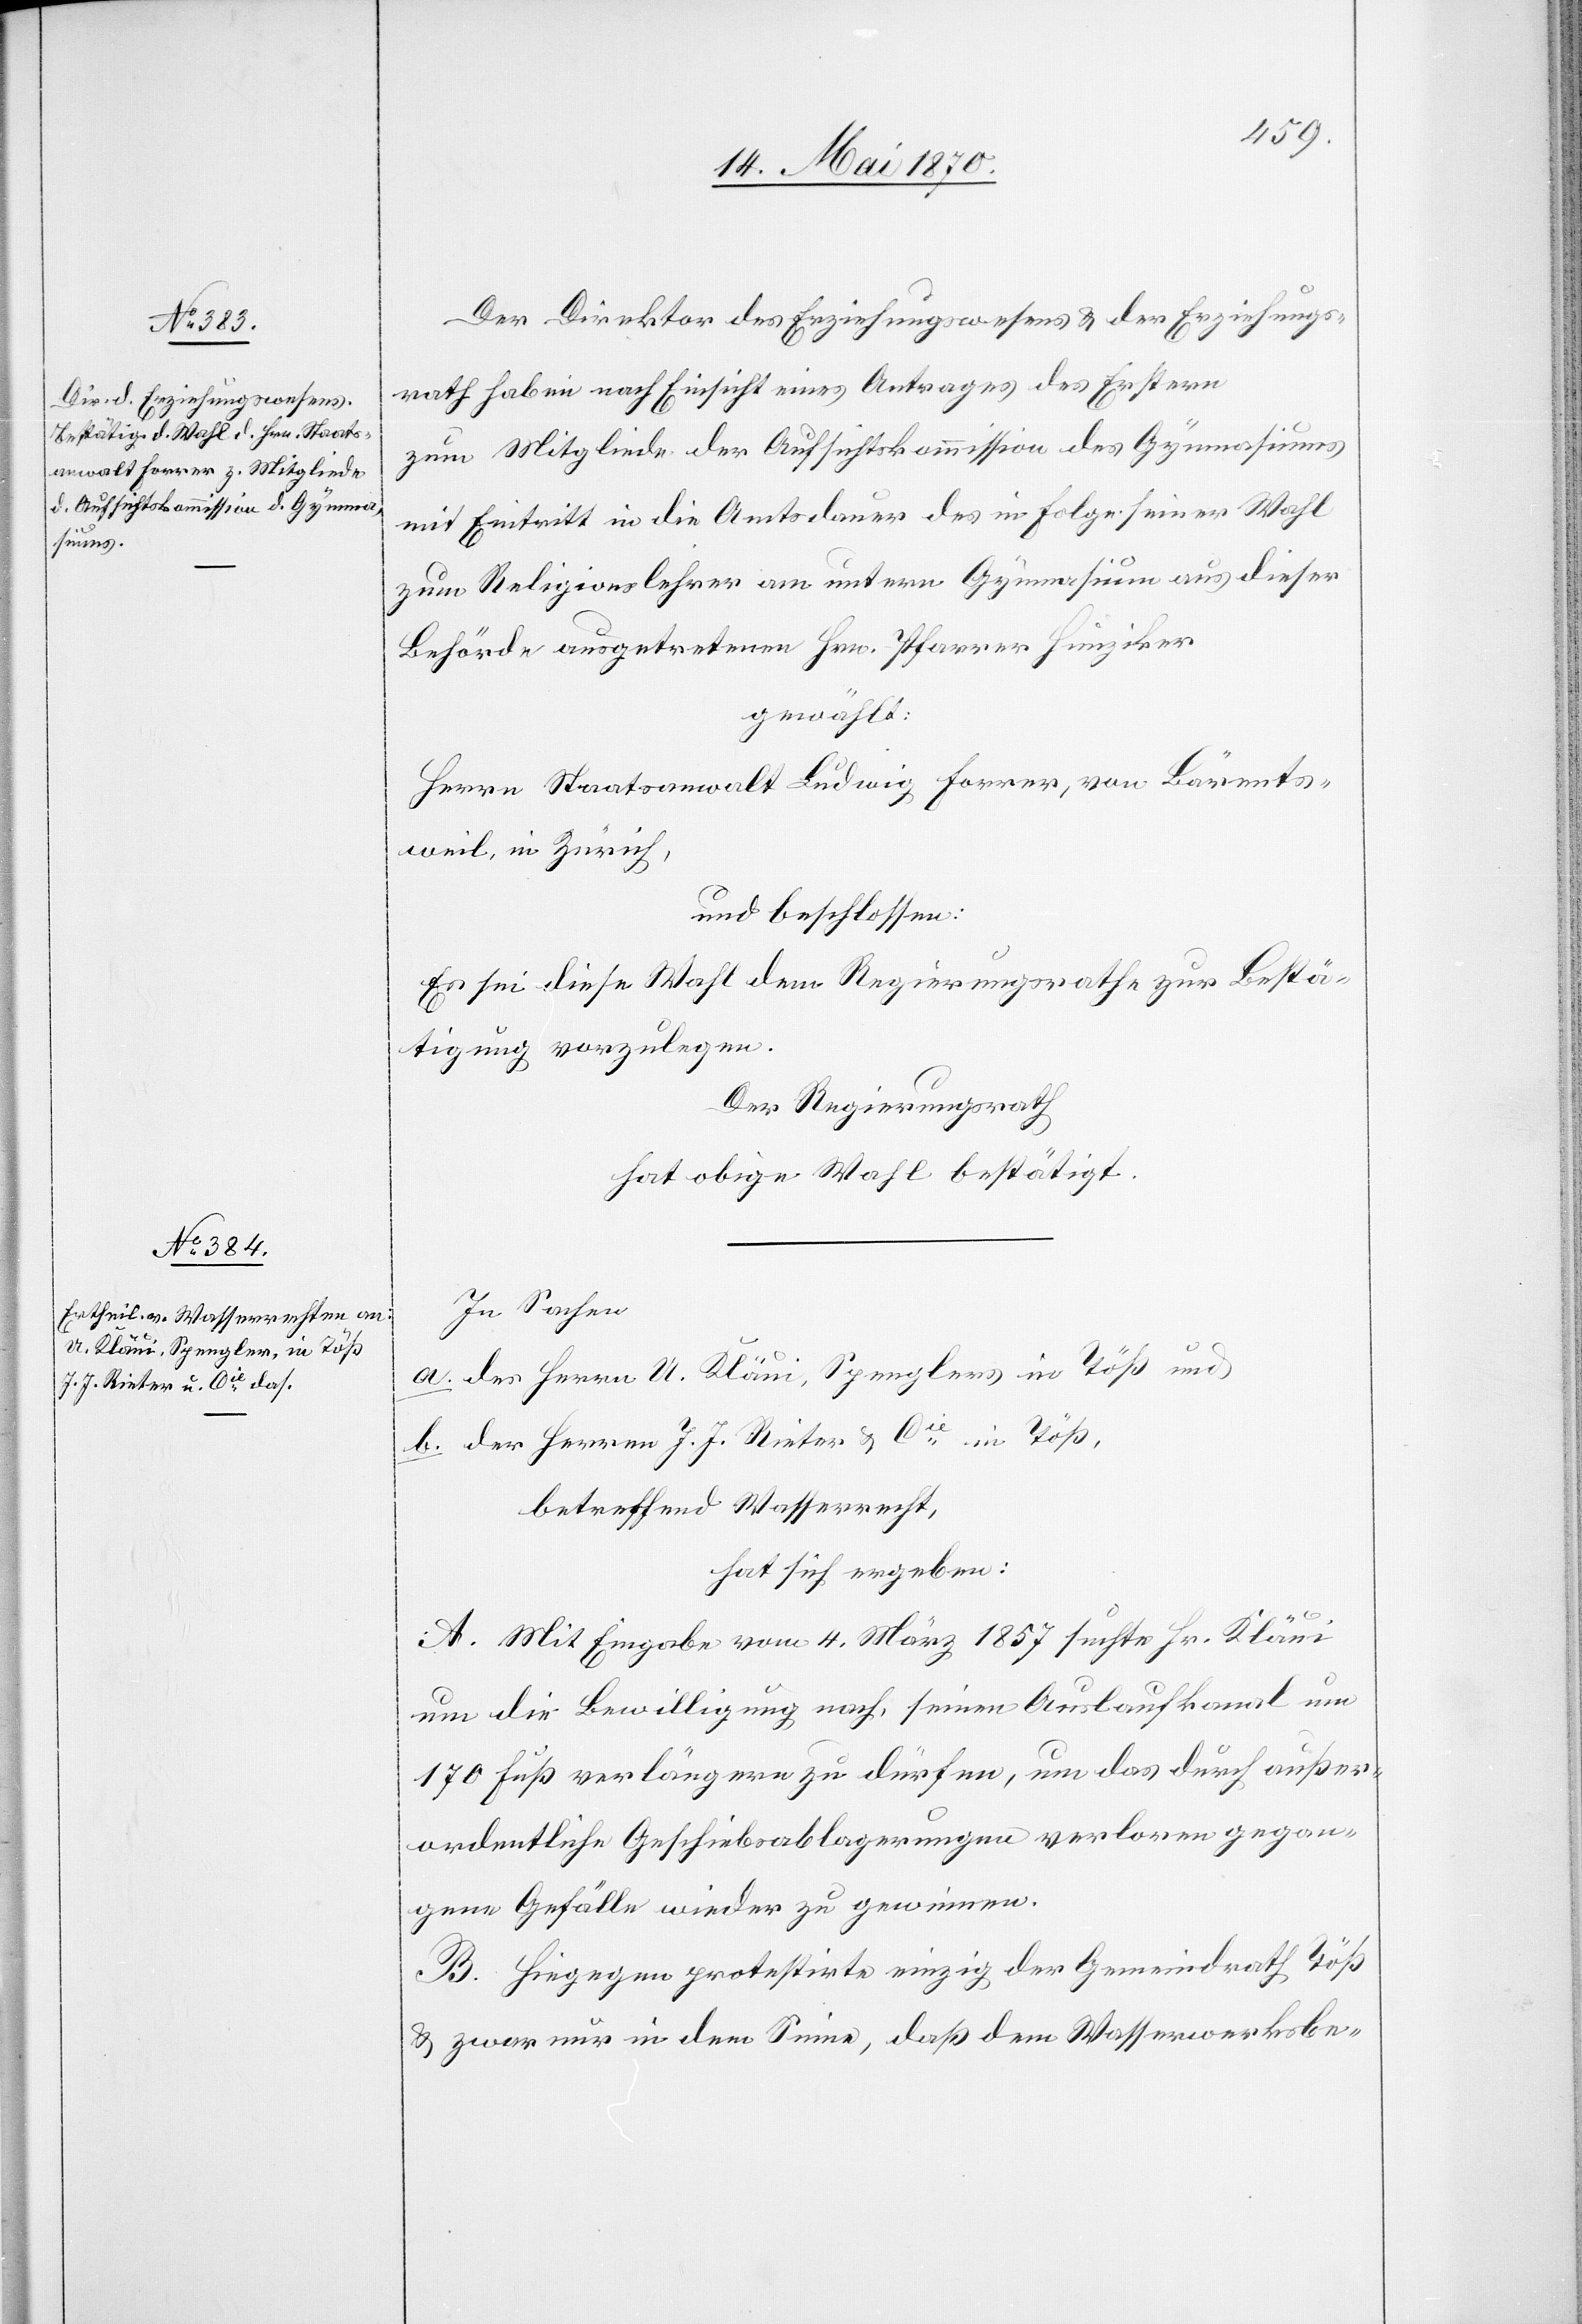
Der Direktor des Erziehungswesens & der Erziehungs¬
rath haben nach Einsicht eines Antrages des Erstern
zum Mitgliede der Aufsichtskommission des Gymnasiums
mit Eintritt in die Amtsdauer des in Folge seiner Wahl
zum Religionslehrer am untern Gymnasium aus dieser
Behörde ausgetretenen Hrn. Pfarrer Hunziker
gewählt:
Herrn Staatsanwalt Ludwig Forrer, von Bärents¬
weil, in Zürich,
und beschlossen:
Es sei diese Wahl dem Regierungsrathe zur Bestä¬
tigung vorzulegen.
Der Regierungsrath
hat obige Wahl bestätigt.
In Sachen
a. des Herrn U. Kläui, Spenglers in Töß und
b. der Herren J. J. Rieter & Cie in Töß,
betreffend Wasserrecht,
hat sich ergeben:
A. Mit Eingabe vom 4. März 1857 suchte Hr. Kläui
um die Bewilligung nach, seinen Auslaufkanal um
170 Fuß verlängern zu dürfen, um das durch außer¬
ordentliche Geschiebsablagerungen verloren gegan¬
gene Gefälle wieder zu gewinnen.
B. Hiegegen protestirte einzig der Gemeindrath Töß
& zwar nur in dem Sinne, daß dem Wasserwerksbe-